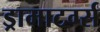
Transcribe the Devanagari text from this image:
ड्रामाटर्ग्स